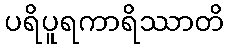
ပရိပူရကာရိဿာတိ